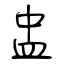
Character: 盅